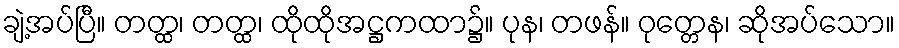
ချဲ့အပ်ပြီ။ တတ္ထ၊ တတ္ထ၊ ထိုထိုအဋ္ဌကထာ၌။ ပုန၊ တဖန်။ ဝုတ္တေန၊ ဆိုအပ်သော။